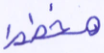
مخطط